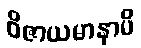
ဝိဇာယမာနာပိ